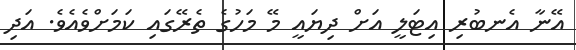
އޭނާ އެނބުރި އިޓަލީ އަށް ދިޔައީ މޭ މަހުގެ ތެރޭގައި ކަމަށްވެއެވެ. އަދި